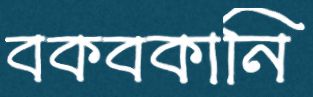
বকবকানি